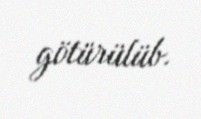
götürülüb.